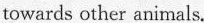
towards other animals.